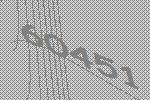
60451